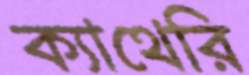
ক্যাথেরি